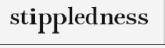
stippledness